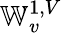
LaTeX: \mathbb{W}_{v}^{1,V}